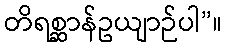
တိရစ္ဆာန်ဥယျာဉ်ပါ”။